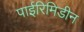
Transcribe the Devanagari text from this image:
पाईरिमिडीन